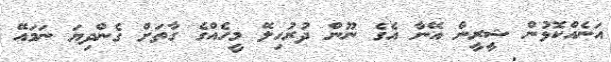
އަނެއްކޮޅުން ޝީރީން އޭނާ އެގެ ނޫން ދުރުހިލޭ މީހެއްގެ ގާތަށް ގެންދިޔަ ނަމައޭ